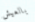
بالعيش